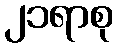
၂၁ရာစု